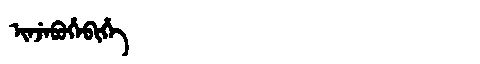
Manchu: ᡳᠨᠵᡝᠪᡠᡥᡝᠪᡳᡥᡝ
Romanization: INJEBUHEBIHE